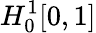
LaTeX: H_{0}^{1}[0,1]